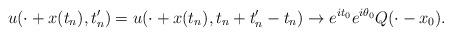
LaTeX: \begin{align*}u(\cdot + x(t_n), t_n') = u (\cdot +x(t_n), t_n + t_n' -t_n) \to e^{it_0} e^{i \theta_0} Q(\cdot-x_0).\end{align*}